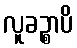
လူခဉ္စာပိ